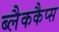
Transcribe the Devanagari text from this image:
ब्लैककैप्स